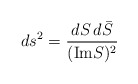
\begin{align*}ds^2 = \frac{dS \, d{\bar S}}{(\mbox{Im} S)^2}\end{align*}